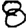
Digit: 8